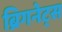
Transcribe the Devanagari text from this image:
ब्रिगनेट्स